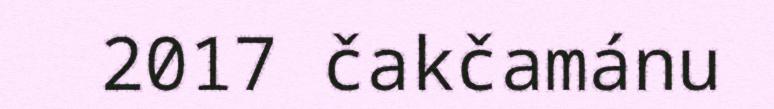
2017 čakčamánu